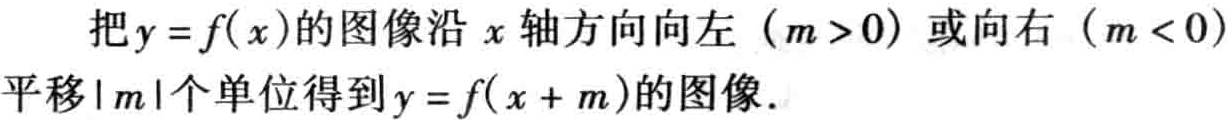
把\(y = f(x)\)的图像沿 \(x\)轴方向向左（\(m > 0\)）或向右（\(m < 0\)）平移\(\vert m\vert\)个单位得到\(y = f(x + m)\)的图像．